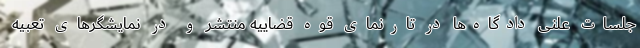
جلسات علنی دادگاه‌ها در تارنمای قوه قضاییه منتشر و در نمایشگرهای تعبیه